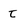
Character: t